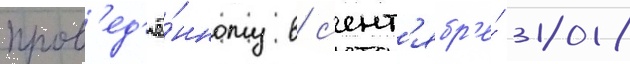
пров'ед'ё́нному в с'ент'ябр'е́ 2018